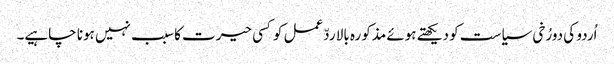
اُردو کی دورُخی سیاست کو دیکھتے ہوئے مذکورہ بالا ردّعمل کوکسی حیرت کا سبب نہیں ہونا چاہیے۔